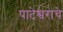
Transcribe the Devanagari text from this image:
पाटेश्वराचे